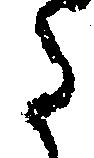
た